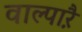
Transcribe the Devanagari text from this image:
वाल्पाऱै